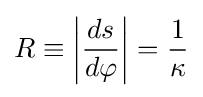
R\equiv \left|{\frac {ds}{d\varphi }}\right|={\frac {1}{\kappa }}